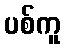
ပစ်ကူ